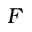
F